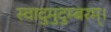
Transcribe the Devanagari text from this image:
स्वादुमुदुम्बरम्।